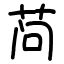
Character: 𬜬